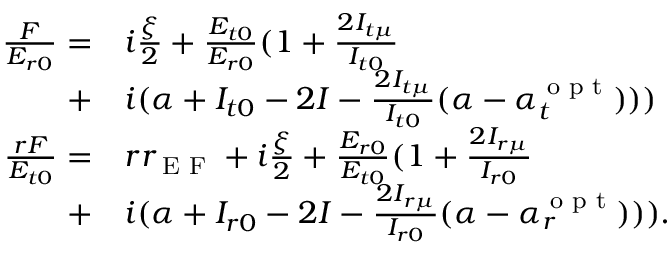
\begin{array} { r l } { \frac { F } { E _ { r 0 } } = } & { { } i \frac { \xi } { 2 } + \frac { E _ { t 0 } } { E _ { r 0 } } ( 1 + \frac { 2 I _ { t \mu } } { I _ { t 0 } } } \\ { + } & { { } i ( \alpha + I _ { t 0 } - 2 I - \frac { 2 I _ { t \mu } } { I _ { t 0 } } ( \alpha - \alpha _ { t } ^ { \textrm { o p t } } ) ) ) } \\ { \frac { r F } { E _ { t 0 } } = } & { { } r r _ { \textrm { E F } } + i \frac { \xi } { 2 } + \frac { E _ { r 0 } } { E _ { t 0 } } ( 1 + \frac { 2 I _ { r \mu } } { I _ { r 0 } } } \\ { + } & { { } i ( \alpha + I _ { r 0 } - 2 I - \frac { 2 I _ { r \mu } } { I _ { r 0 } } ( \alpha - \alpha _ { r } ^ { \textrm { o p t } } ) ) ) . } \end{array}